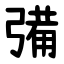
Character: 㣁